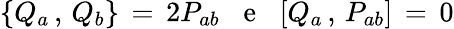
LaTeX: \{ Q_{a}\, ,\, Q_{b}\} \, =\, 2P_{ab}\; \; \; \mathrm{e}\; \; \; [Q_{a}\, ,\, P_{ab}]\, =\, 0